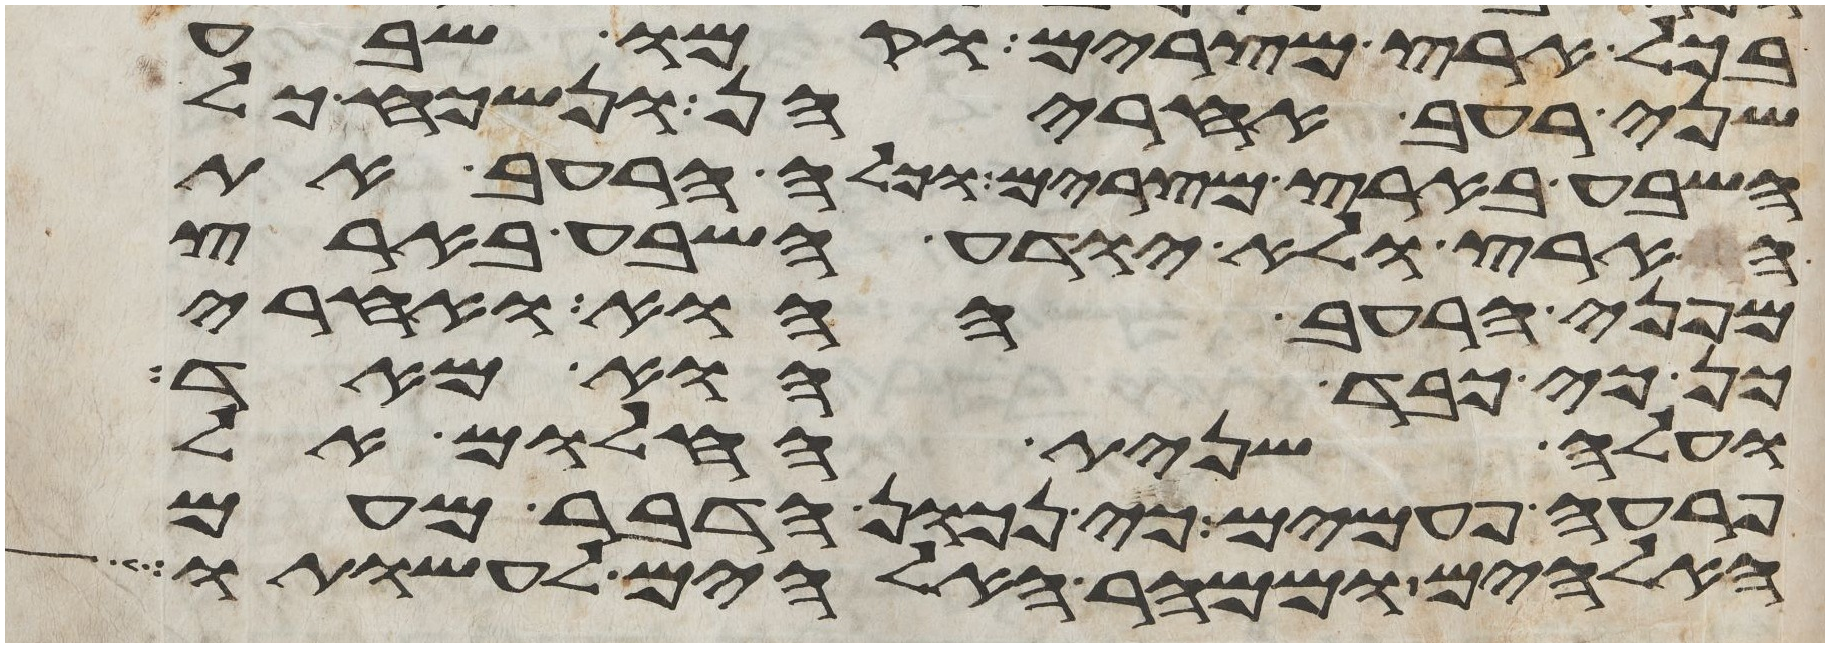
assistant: בכל ארץ מצרים וקמו שבע
שני רעב אחריהן ונשכח כל
השבע בארץ מצרים וכלה הרעב את
הארץ ולא יודע השבע בארץ
מפני הרעב ההוא ואחרי
כן כי כבד הוא מאד
ועלה שנית החלום אל
פרעה פעמים כי נכון הדבר מעם
האלהים וממהר האלהים לעשותו